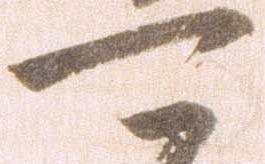
可